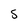
Character: 5